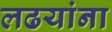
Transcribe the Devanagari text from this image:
लढयांना